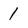
Character: 1